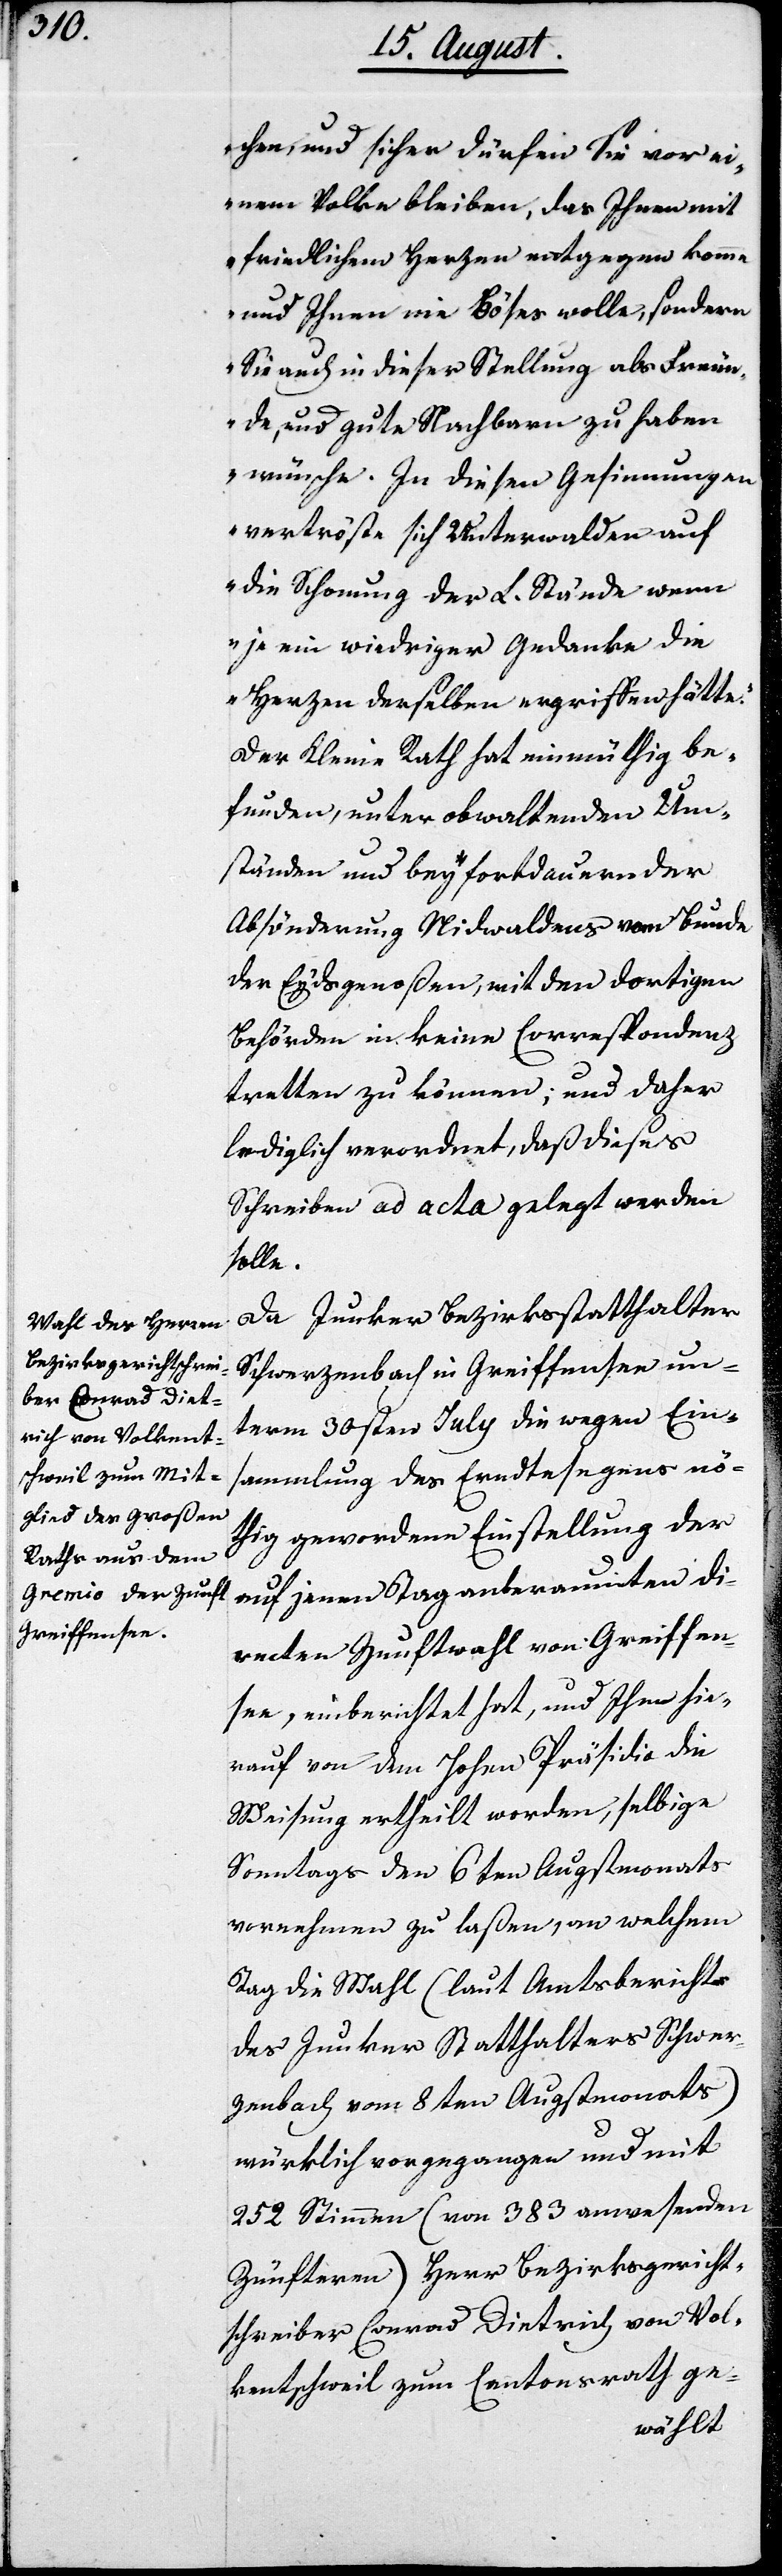
chen, und sicher dürfen Sie vor ei¬
nem Volke bleiben, das Ihnen mit
friedlichem Herzen entgegen komme
und Ihnen nie Böses wolle, sondern
Sie auch in dieser Stellung als Freun¬
de, und gute Nachbarn zu haben
wünsche. In diesen Gesinnungen
vertröste sich Unterwalden auf
die Schonung der L. Stände wenn
je ein wiedriger Gedanke die
Herzen derselben ergriffen hätte.“
Der Kleine Rath hat einmüthig be¬
funden, unter obwaltenden Um¬
ständen und bey fortdauernder
Absönderung Nidwaldens vom Bunde
der Eydsgenoßen, mit den dortigen
Behörden in keine Correspondenz
tretten zu können, und daher
lediglich verordnet, daß dieses
Schreiben ad acta gelegt werden
solle.
Da Junker Bezirksstatthalter
Schwerzenbach in Greiffensee un¬
term 30sten July die wegen Ein¬
sammlung des Erndtesegens nö¬
thig gewordene Einstellung der
auf jenen Tag anberaumten di¬
recten Zunftwahl von Greiffen¬
see, einberichtet hat, und Ihm hie¬
rauf von dem Hohen Präsidio die
Weisung ertheilt worden, selbige
Sonntags den 6ten Augstmonats
vornehmen zu laßen, an welchem
Tag die Wahl (laut Amtsberichts
des Junkers Statthalters Schwer¬
zenbach vom 8ten Augstmonats)
würklich vorgegangen und mit
252 Stimmen (von 383 anwesenden
Zünfteren) Herr Bezirksgericht¬
schreiber Conrad Dietrich von Vol¬
kentschweil zum Cantonsrath ge-